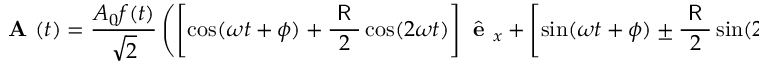
\textbf { A } ( t ) = \frac { A _ { 0 } f ( t ) } { \sqrt { 2 } } \left( \left[ \cos ( \omega t + \phi ) + \frac { \textsf { R } } { 2 } \cos ( 2 \omega t ) \right] \hat { \textbf { e } } _ { x } + \left[ \sin ( \omega t + \phi ) \pm \frac { \textsf { R } } { 2 } \sin ( 2 \omega t ) \right] \hat { \textbf { e } } _ { y } \right) .